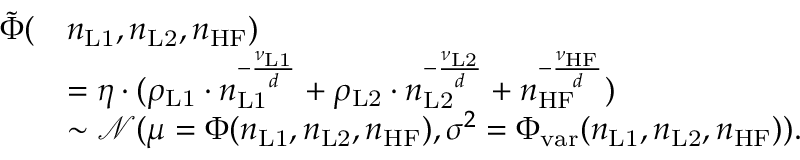
\begin{array} { r l } { \tilde { \Phi } ( } & { n _ { \mathrm { L 1 } } , n _ { \mathrm { L 2 } } , n _ { \mathrm { H F } } ) } \\ & { = \eta \cdot ( \rho _ { \mathrm { L 1 } } \cdot n _ { \mathrm { L 1 } } ^ { - \frac { \nu _ { \mathrm { L 1 } } } { d } } + \rho _ { \mathrm { L 2 } } \cdot n _ { \mathrm { L 2 } } ^ { - \frac { \nu _ { \mathrm { L 2 } } } { d } } + n _ { \mathrm { H F } } ^ { - \frac { \nu _ { \mathrm { H F } } } { d } } ) } \\ & { \sim \mathcal { N } ( \mu = \Phi ( n _ { \mathrm { L 1 } } , n _ { \mathrm { L 2 } } , n _ { \mathrm { H F } } ) , \sigma ^ { 2 } = \Phi _ { \mathrm { v a r } } ( n _ { \mathrm { L 1 } } , n _ { \mathrm { L 2 } } , n _ { \mathrm { H F } } ) ) . } \end{array}